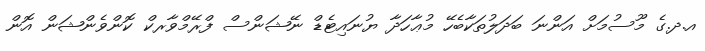
އ.ދ.ގެ މޫސުމަށް އަންނަ ބަދަލުތަކާބެހޭ މުޢާހަދާ ޔުނައިޓެޑް ނޭޝަންސް ފްރޭމްވާރކް ކޮންވެންޝަން އޮން